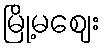
မြို့မဈေး